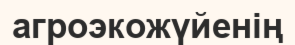
агроэкожүйенің